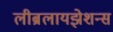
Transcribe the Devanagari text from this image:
लीब्रलायझेशन्स